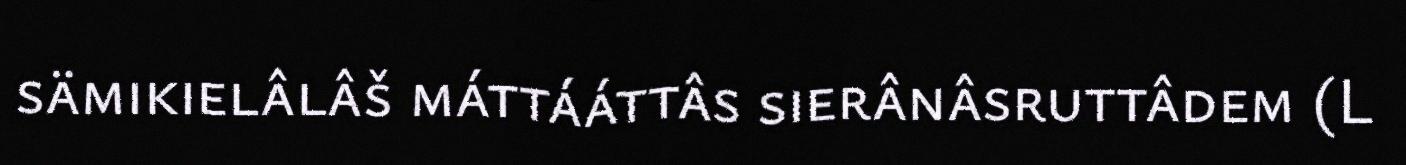
sämikielâlâš máttááttâs sierânâsruttâdem (L